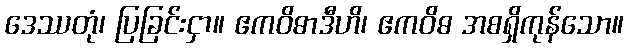
ဒေဿတုံ၊ ပြခြင်းငှာ။ ဧကဝိဓာဒီဟိ၊ ဧကဝိဓ အစရှိကုန်သော။